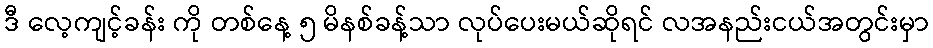
ဒီ လေ့ကျင့်ခန်း ကို တစ်နေ့ ၅ မိနစ်ခန့်သာ လုပ်ပေးမယ်ဆိုရင် လအနည်းငယ်အတွင်းမှာ